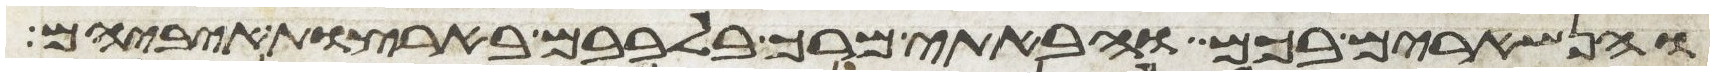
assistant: והנשארים בכם והבאתי מרך בלבבם בארצות איביהם